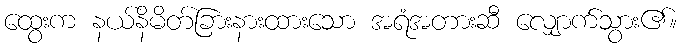
ထွေးက နယ်နိမိတ်ခြားနားထားသော အရံအတားဆီ လျှောက်သွား၏။